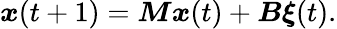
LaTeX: \boldsymbol{x}(t+1)=\boldsymbol{M}\boldsymbol{x}(t)+\boldsymbol{B}\boldsymbol{\xi}(t).